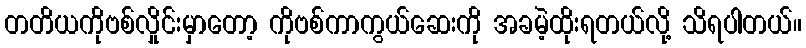
တတိယကိုဗစ်လှိုင်းမှာတော့ ကိုဗစ်ကာကွယ်ဆေးကို အခမဲ့ထိုးရတယ်လို့ သိရပါတယ်။